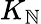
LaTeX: K_{\mathbb{N}}